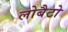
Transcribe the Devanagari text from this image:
लोबैटो